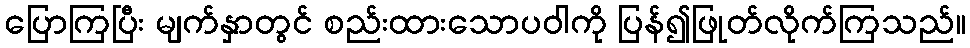
ပြောကြပြီး မျက်နှာတွင် စည်းထားသောပဝါကို ပြန်၍ဖြုတ်လိုက်ကြသည်။